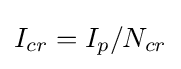
I_{cr}=I_{p}/N_{cr}